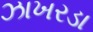
ઝાખરડા